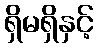
ရှိမရှိနှင့်